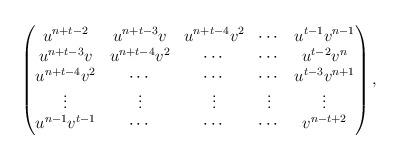
LaTeX: \begin{align*}\begin{pmatrix}u^{n+t-2} & u^{n+t-3}v & u^{n+t-4}v^2 & \cdots & u^{t-1}v^{n-1}\\u^{n+t-3}v & u^{n+t-4}v^2 & \cdots & \cdots & u^{t-2}v^n\\u^{n+t-4}v^2 & \cdots & \cdots & \cdots & u^{t-3}v^{n+1}\\\vdots & \vdots & \vdots & \vdots & \vdots\\u^{n-1}v^{t-1} & \cdots & \cdots & \cdots & v^{n-t+2}\end{pmatrix},\end{align*}